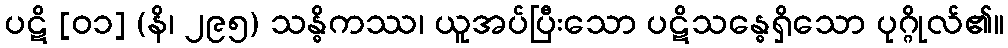
ပဋိ [၀၁] (နိ၊ ၂၉၅) သန္ဓိကဿ၊ ယူအပ်ပြီးသော ပဋိသန္ဓေရှိသော ပုဂ္ဂိုလ်၏။